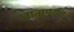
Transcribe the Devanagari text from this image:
खानापर्यंत